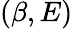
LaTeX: (\beta,E)